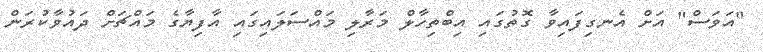
"އަވަސް" އަށް އެނގިފައިވާ ގޮތުގައި އިބްތިހާލް މަރާލި މައްސަލައިގައި އާފިޔާގެ މައްޗަށް ދައުވާކުރަން